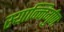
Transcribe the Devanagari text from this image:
स्यान्निर्गुणः